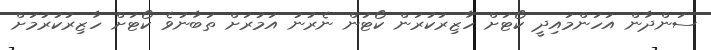
ސަންދާން އަހަންމައިދީ ކޯޓަށް ހާޒިރުކުރަން ކޯޓުން ނެރުނު އަމުރަށް ތަބާނުވެ ކޯޓަށް ހާޒިރުކުރުމަށް